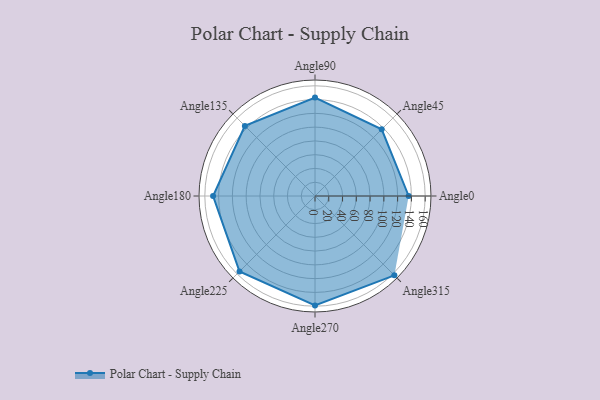
{"axis": {"x": "Angle", "y": "Radius"}, "legend": [""], "data": [{"x": "Angle0", "y": 136.0, "type": ""}, {"x": "Angle45", "y": 137.0, "type": ""}, {"x": "Angle90", "y": 143.0, "type": ""}, {"x": "Angle135", "y": 144.0, "type": ""}, {"x": "Angle180", "y": 148.0, "type": ""}, {"x": "Angle225", "y": 155.0, "type": ""}, {"x": "Angle270", "y": 159.0, "type": ""}, {"x": "Angle315", "y": 163.0, "type": ""}]}